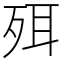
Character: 𣧹